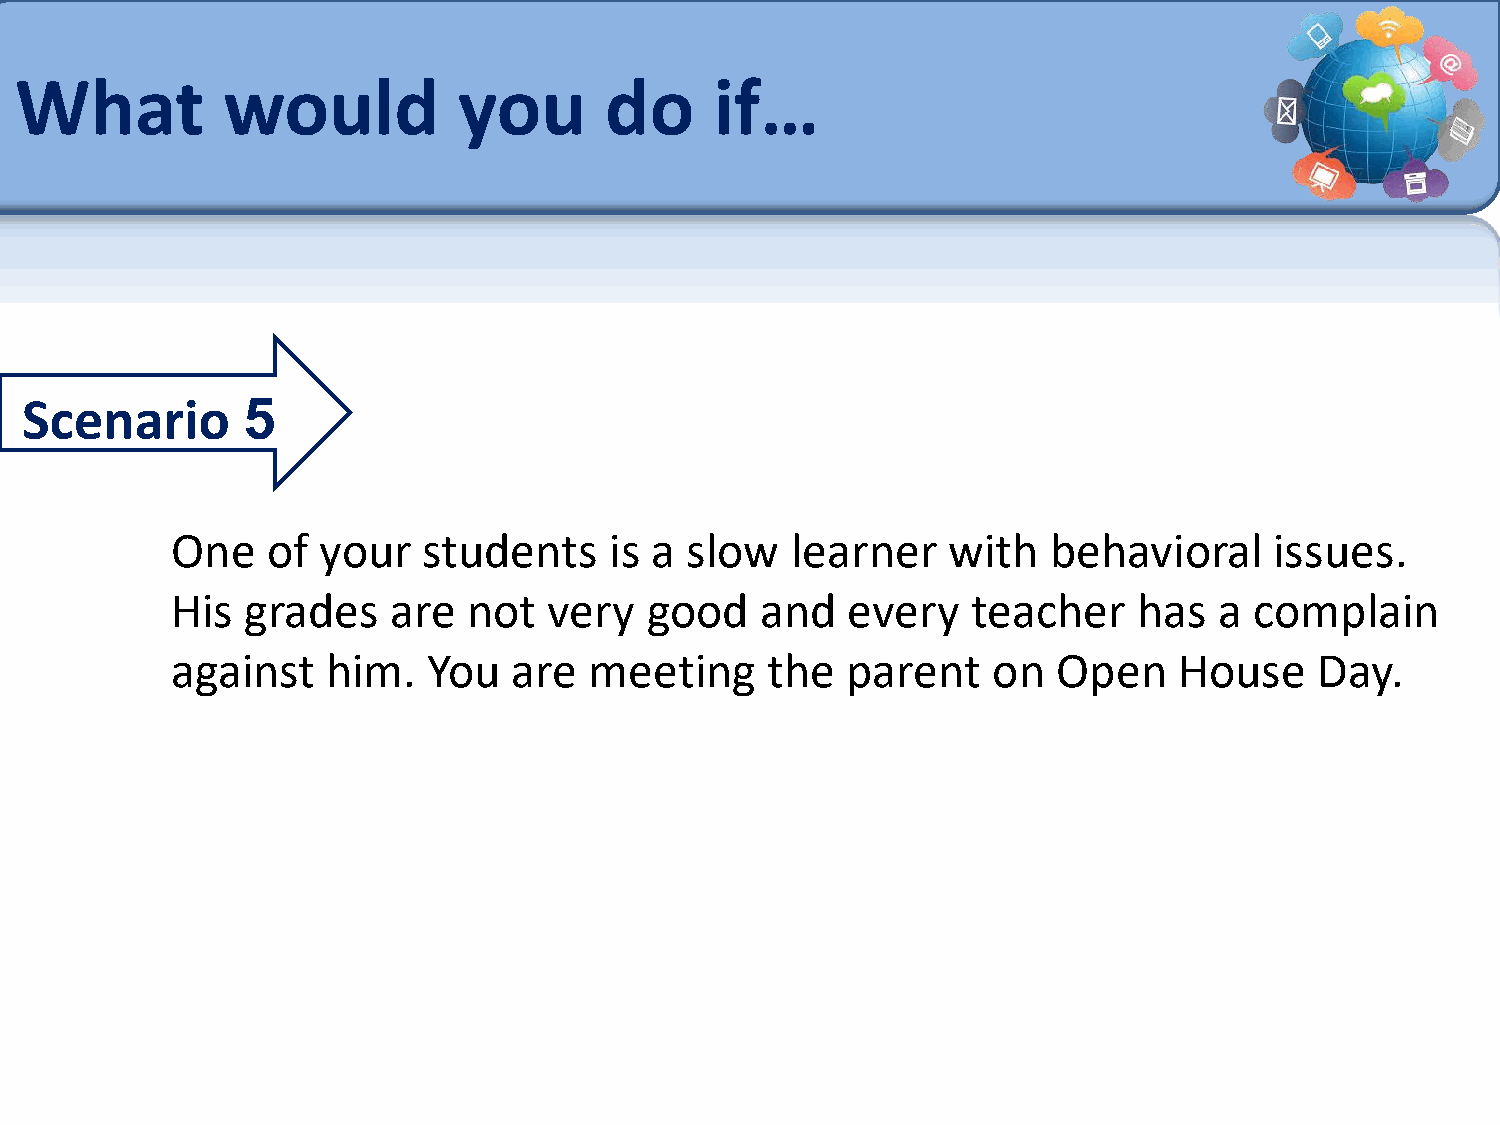
What          would          you       do     if…
 Scenario       5
 One    of your   students    is a slow   learner    with   behavioral    issues.
 His  grades    are  not  very   good   and   every   teacher    has   a complain
 against    him.  You   are  meeting     the  parent    on  Open    House    Day.